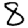
Digit: 8